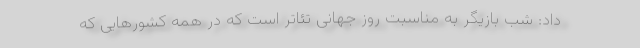
داد: شب بازیگر به مناسبت روز جهانی تئاتر است که در همه کشورهایی که